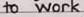
to work